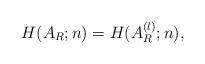
LaTeX: \begin{align*}H(A_R;n)=H(A_R^{(l)};n),\end{align*}